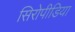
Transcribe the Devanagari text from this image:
सिरोपीडिया